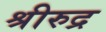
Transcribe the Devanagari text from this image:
श्रीरुद्र